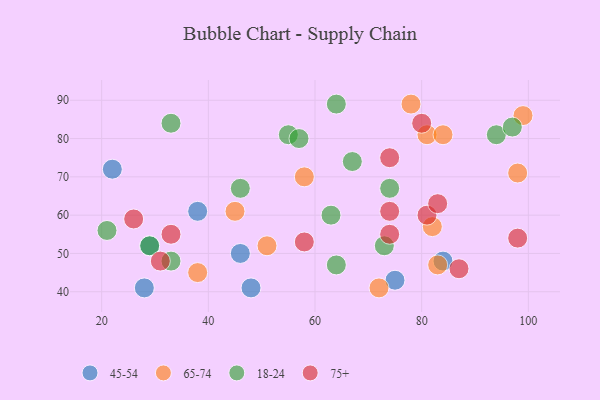
{"axis": {"x": "GDP", "y": "Life Expectancy"}, "legend": ["18-24", "45-54", "65-74", "75+"], "data": [{"x": "48", "y": 41, "type": "45-54"}, {"x": "38", "y": 61, "type": "45-54"}, {"x": "29", "y": 52, "type": "45-54"}, {"x": "84", "y": 48, "type": "45-54"}, {"x": "28", "y": 41, "type": "45-54"}, {"x": "22", "y": 72, "type": "45-54"}, {"x": "46", "y": 50, "type": "45-54"}, {"x": "75", "y": 43, "type": "45-54"}, {"x": "78", "y": 89, "type": "65-74"}, {"x": "38", "y": 45, "type": "65-74"}, {"x": "45", "y": 61, "type": "65-74"}, {"x": "82", "y": 57, "type": "65-74"}, {"x": "81", "y": 81, "type": "65-74"}, {"x": "83", "y": 47, "type": "65-74"}, {"x": "51", "y": 52, "type": "65-74"}, {"x": "99", "y": 86, "type": "65-74"}, {"x": "58", "y": 70, "type": "65-74"}, {"x": "98", "y": 71, "type": "65-74"}, {"x": "72", "y": 41, "type": "65-74"}, {"x": "84", "y": 81, "type": "65-74"}, {"x": "94", "y": 81, "type": "18-24"}, {"x": "21", "y": 56, "type": "18-24"}, {"x": "64", "y": 89, "type": "18-24"}, {"x": "33", "y": 84, "type": "18-24"}, {"x": "67", "y": 74, "type": "18-24"}, {"x": "55", "y": 81, "type": "18-24"}, {"x": "57", "y": 80, "type": "18-24"}, {"x": "74", "y": 67, "type": "18-24"}, {"x": "63", "y": 60, "type": "18-24"}, {"x": "64", "y": 47, "type": "18-24"}, {"x": "46", "y": 67, "type": "18-24"}, {"x": "97", "y": 83, "type": "18-24"}, {"x": "73", "y": 52, "type": "18-24"}, {"x": "33", "y": 48, "type": "18-24"}, {"x": "29", "y": 52, "type": "18-24"}, {"x": "80", "y": 84, "type": "75+"}, {"x": "74", "y": 61, "type": "75+"}, {"x": "33", "y": 55, "type": "75+"}, {"x": "81", "y": 60, "type": "75+"}, {"x": "98", "y": 54, "type": "75+"}, {"x": "87", "y": 46, "type": "75+"}, {"x": "58", "y": 53, "type": "75+"}, {"x": "83", "y": 63, "type": "75+"}, {"x": "31", "y": 48, "type": "75+"}, {"x": "74", "y": 55, "type": "75+"}, {"x": "26", "y": 59, "type": "75+"}, {"x": "74", "y": 75, "type": "75+"}]}